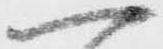
へ